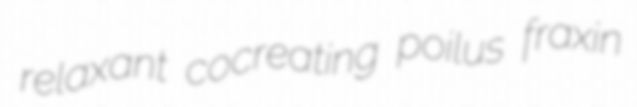
relaxant cocreating poilus fraxin